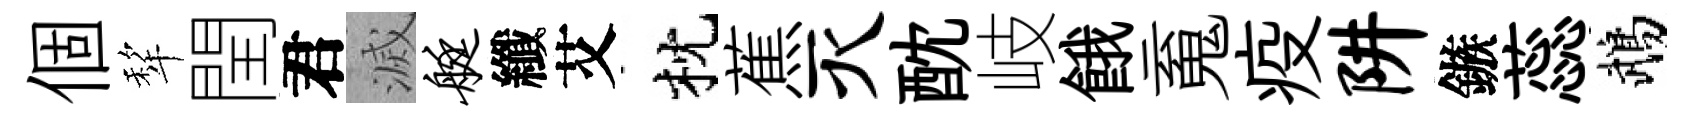
個犂閏君滅艇纖艾枕蕉灭酖岐餓䰟疫阱鏃蕊鵡